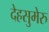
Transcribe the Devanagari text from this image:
देहसुमेरु